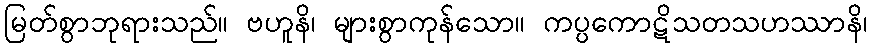
မြတ်စွာဘုရားသည်။ ဗဟူနိ၊ များစွာကုန်သော။ ကပ္ပကောဋိသတသဟဿာနိ၊